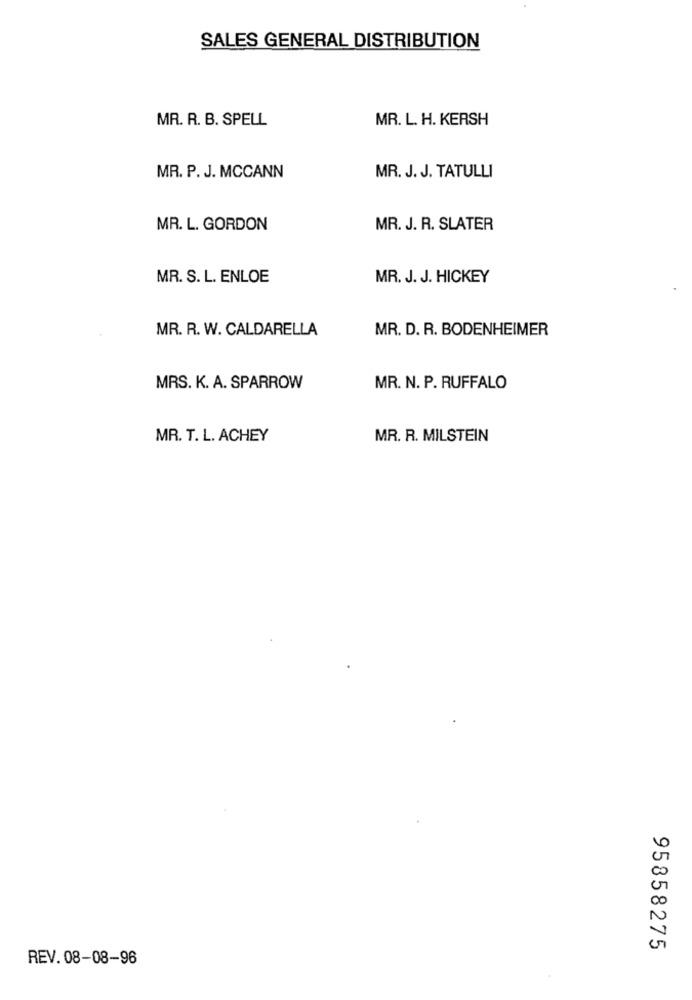
SALES GENERAL DISTRIBUTION
MR. R. B. SPELL
MR. L. H. KERSH
MR. J. J. TATULLI
MR. P. J. MCCANN
MR. L. GORDON
MR. J. R. SLATER
MR. S. L. ENLOE
MR. J. J. HICKEY
MR. R. W. CALDARELLA
MR. D. R. BODENHEIMER
MRS. K. A. SPARROW
MR. N. P. RUFFALO
MR. T. L. ACHEY
MR. R. MILSTEIN
95858275
REV. 08-08-96